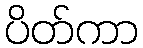
ပိတ်ကာ